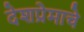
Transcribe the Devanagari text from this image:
देशप्रेमाचे